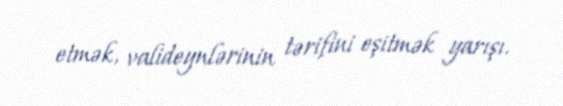
etmək, valideynlərinin tərifini eşitmək yarışı.